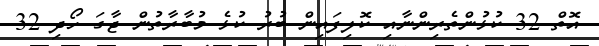
އޮތް 32 ކުޅުންތެރިންނާއި ކޮލިފައިން ބުރު ކުޅެ މުބާރާތުން ޖާގަ ހޯދި 32